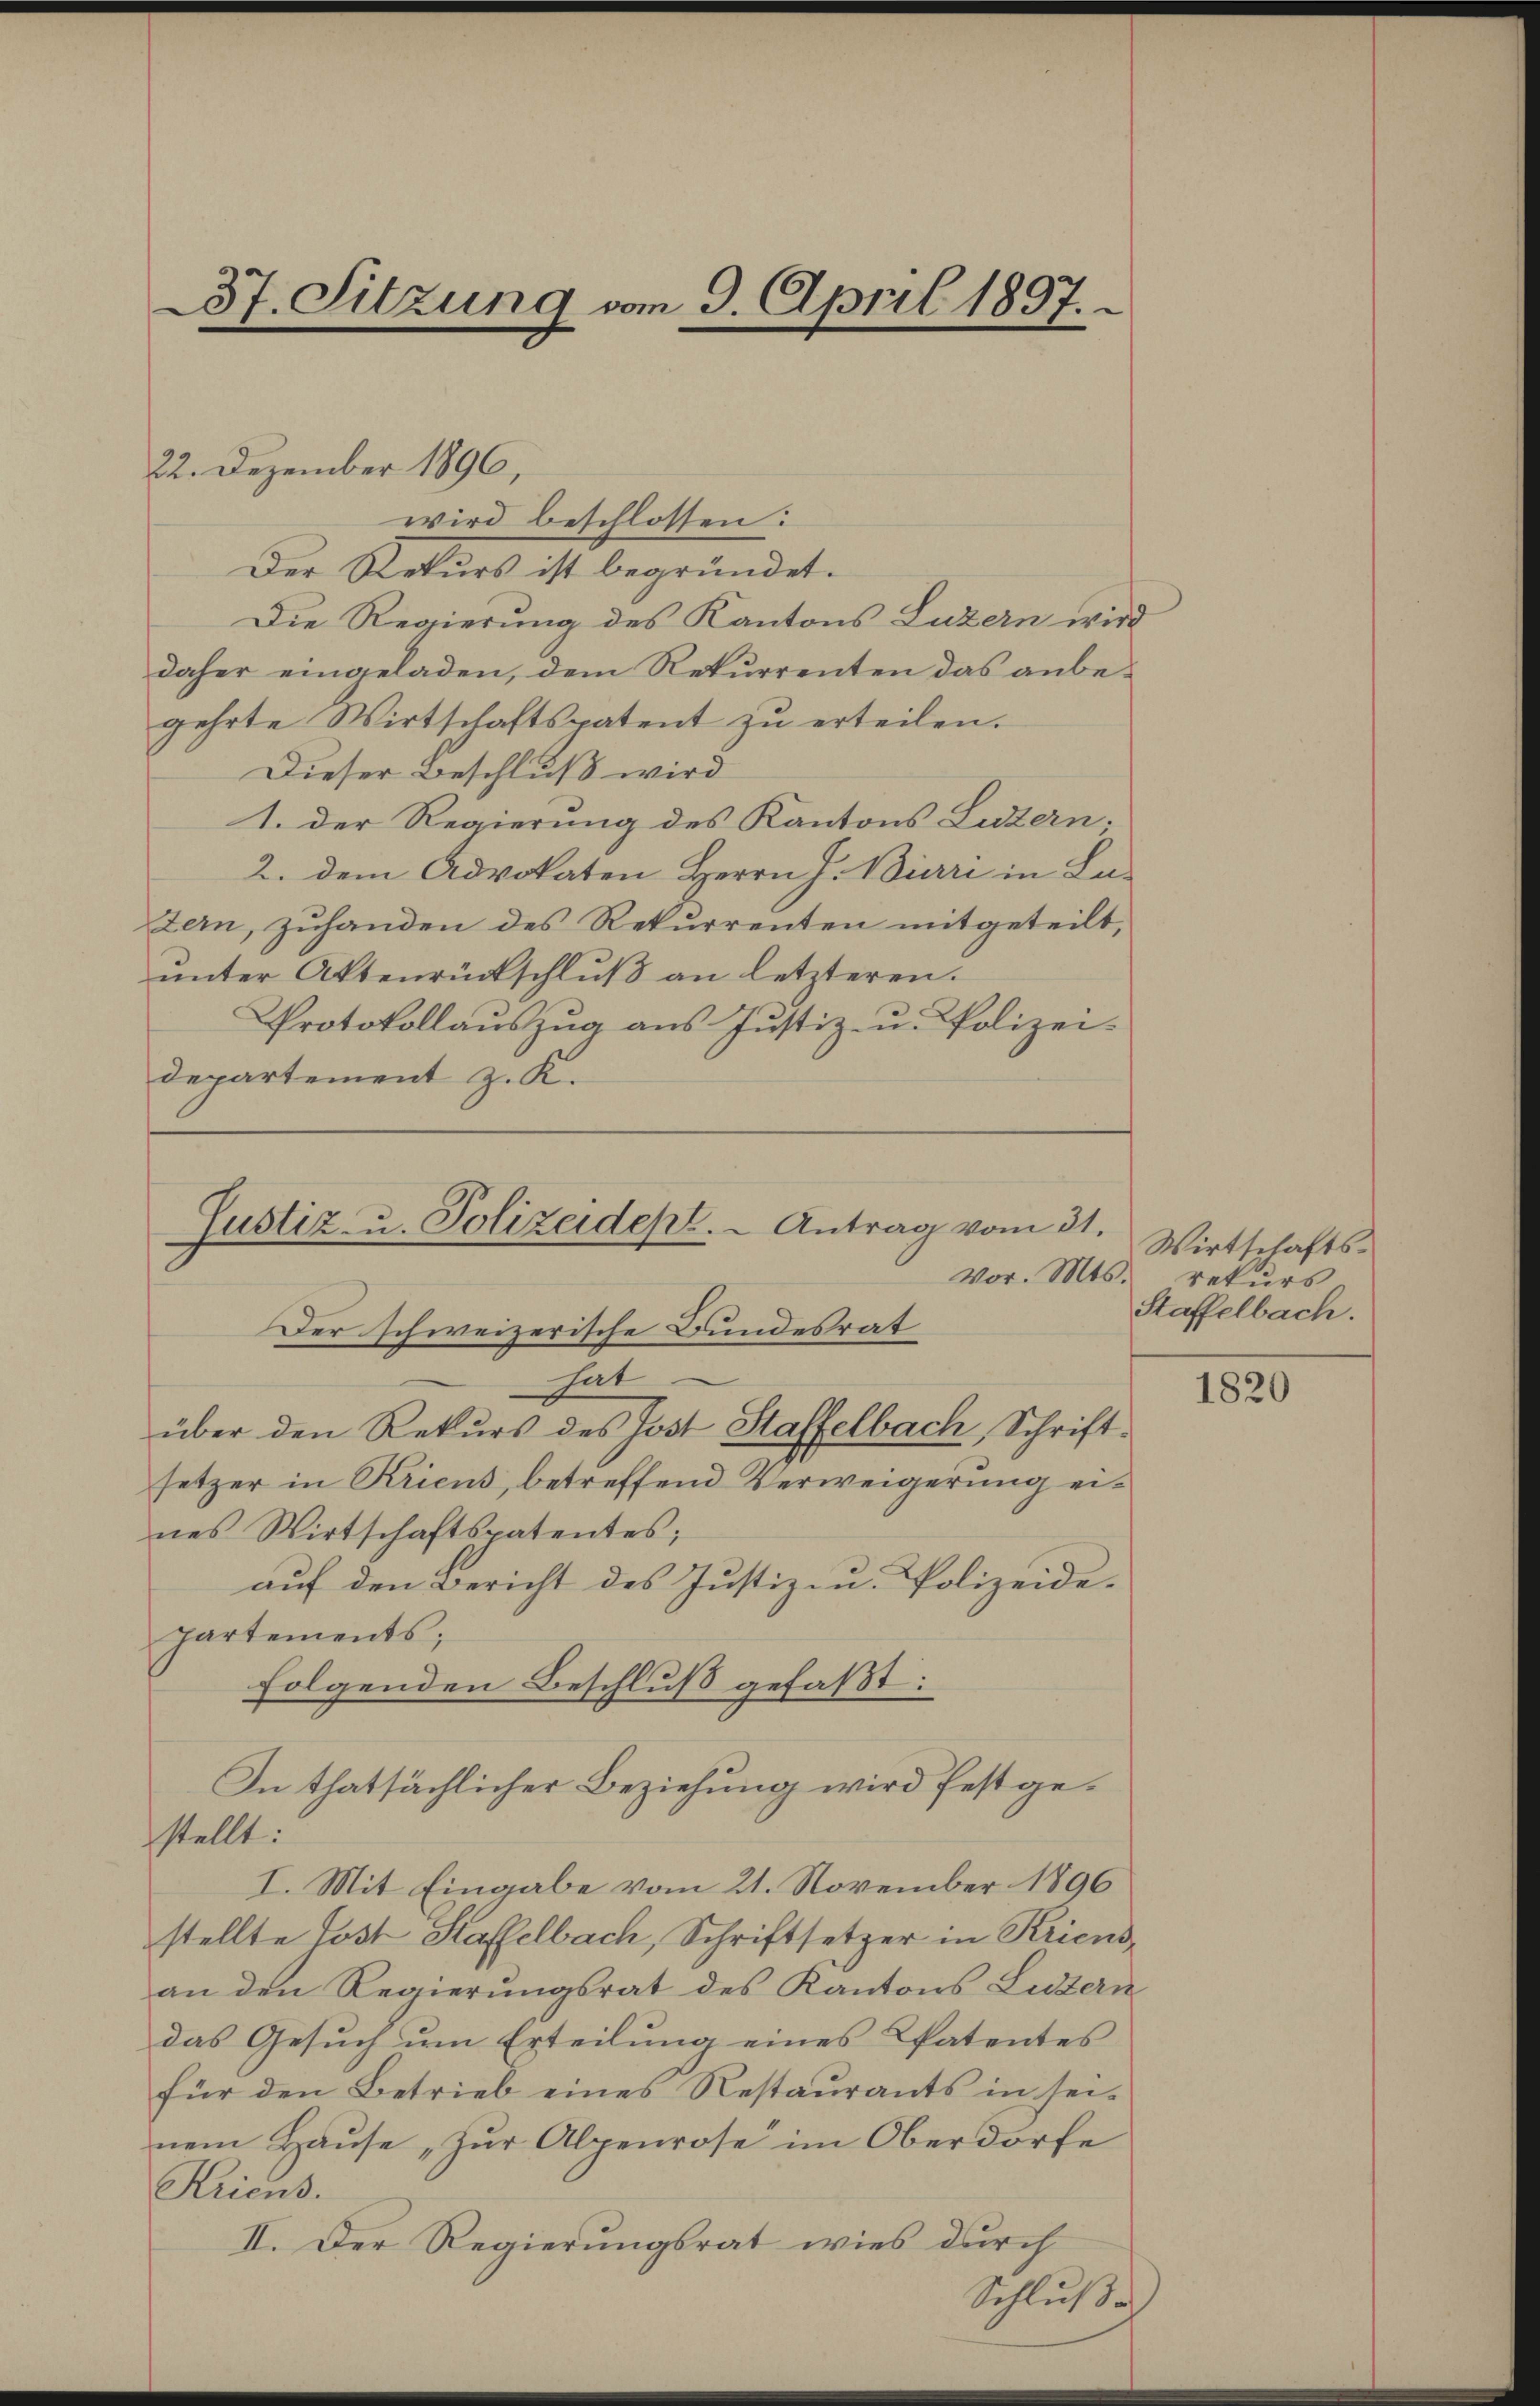
37. Sitzung vom 9. April 1897.

22. Dezember 1896,
wird beschlossen:
Der Rekurs ist begründet.
Die Regierung des Kantons Luzern wird
daher eingeladen, dem Rekurrenten das anbegehrte Wirtschaftspatent zu erteilen.
Dieser Beschluß wird
1. Der Regierung des Kantons Luzern.
2. dem Advokaten Herrn J. Birri in Lazern, zuhanden des Rekurrenten mitgeteilt,
ŭnter Aktenrückschlŭβ an letzteren.
Protokollauszug aus Justiz- u. Polizei-
departement z. K.

hat
über den Rekŭrs des Jost Staffelbach, Schriftsetzer in Kricus, betreffend Verweigerung eines Wirtschaftspatentes;
auf den Bericht des Justizen. Polizeide-
partements;
folgenden Beschluß gefaßt:
stellt:
I. Mit Eingabe vom 21. November 1896
stellte Post Kaffelbach, Schriftsetzer in Kriens-
an den Regierungsrat des Kantons Luzern
das Gesŭch ŭm Erteilŭng eines Patentes
für den Betrieb eines Restaurants in seis
nem Haŭse „Zur Alpenrose im Oberdorfe
Kriens.
II. Der Regierungsrat wies durch
Schluße

Justiz- u. Polizeidept. - Antrag vom 31.
vor. Mts.
Der schweizerische Bundesrat

In thatsächlicher Beziehung wird festge¬

Wirtschaftsrekurs
Staffelbach.

1820